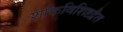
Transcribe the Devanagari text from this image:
शक्तिविशिष्टद्वैत